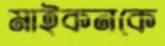
মাইকনকে